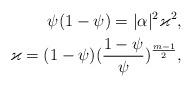
LaTeX: \begin{align*} \psi(1-\psi)=|\alpha|^2\varkappa^2,\\ \varkappa=(1-\psi)(\frac {1-\psi}{\psi})^{\frac {m-1}{2}}, \end{align*}